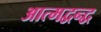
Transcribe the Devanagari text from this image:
आत्मद्वन्द्व